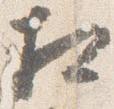
相